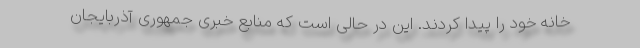
خانه خود را پیدا کردند. این در حالی است که منابع خبری جمهوری آذربایجان